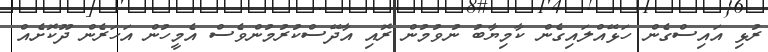
ރުޅި އައިސްގެން ހަޅޭއްލައިގެން ކާމިޔާބު ނުވުމުން ރޮއި އާދޭސްކުރުމުންވެސް އެމީހުން އަހަރެން ދޫކޮށެއް